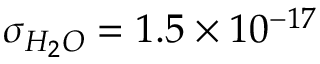
\sigma _ { H _ { 2 } O } = 1 . 5 \times 1 0 ^ { - 1 7 }